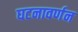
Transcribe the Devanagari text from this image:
घटनावर्णन